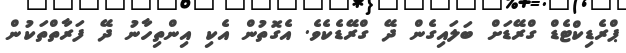
ޕްރެޑިކްޓެޑް ގްރޭޑަށް ބަލައިގެން ދޭ ގްރޭޑެކެވެ. އެގޮތުން އެކި އިންތިހާނު ދޭ ފަރާތްތަކުން